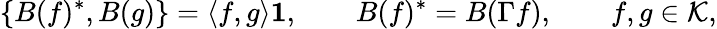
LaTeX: \{ B(f)^{*},B(g)\} =\langle f,g\rangle{\mathbf 1},\qquad B(f)^{*}=B(\Gamma f),\qquad f,g\in{\cal K},